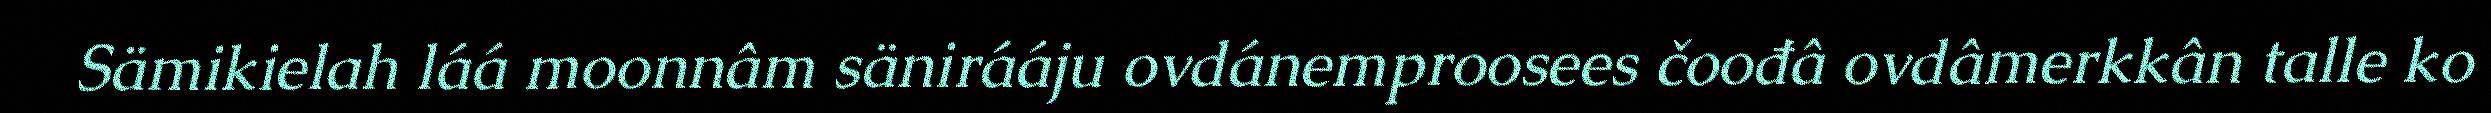
Sämikielah láá moonnâm sänirááju ovdánemproosees čoođâ ovdâmerkkân talle ko